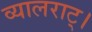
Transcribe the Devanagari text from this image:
व्यालराट्।